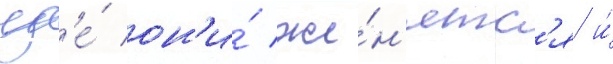
гд'е́ он'и́ же́н'ятс'я и́